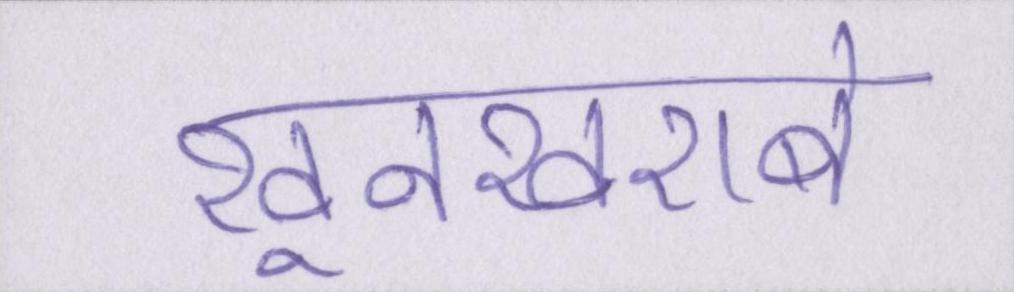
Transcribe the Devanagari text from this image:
खूनखराबे